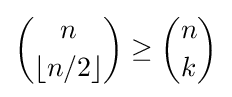
{n \choose \lfloor {n/2}\rfloor }\geq {n \choose k}